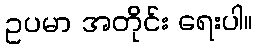
ဥပမာ အတိုင်း ရေးပါ။